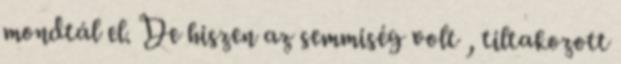
mondtál el. De hiszen az semmiség volt , tiltakozott